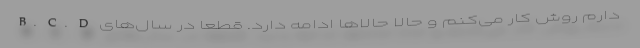
B. C. D دارم روش کار می‌کنم و حالا حالاها ادامه دارد. قطعا در سال‌های